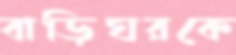
বাড়িঘরকে